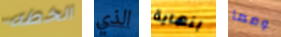
الخطه الذي بنهاية ومما